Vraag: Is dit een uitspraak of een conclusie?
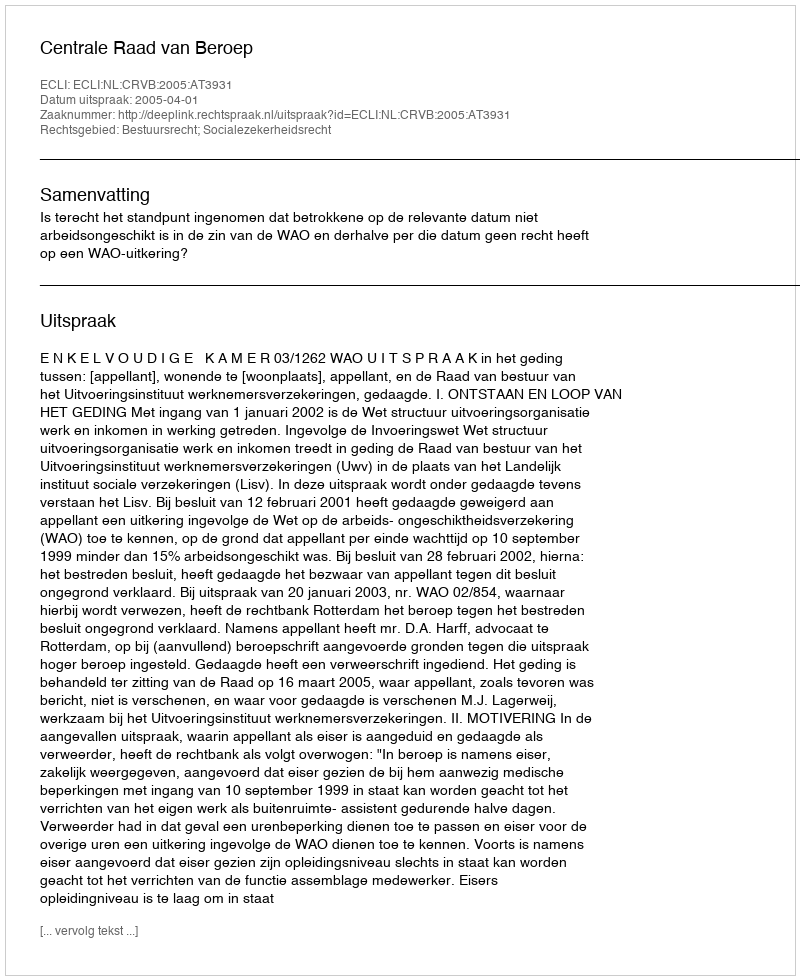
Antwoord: Uitspraak